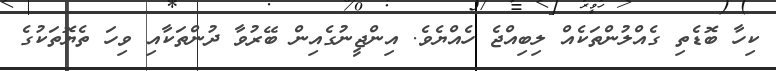
ކިހާ ބޮޑެތި ގެއްލުންތަކެއް ލިބިއްޖެ ހެއްޔެވެ. އިންޖީނުގެއިން ބޭރުވާ ދުންތަކާއި ވިހަ ތެޔޮތަކުގެ